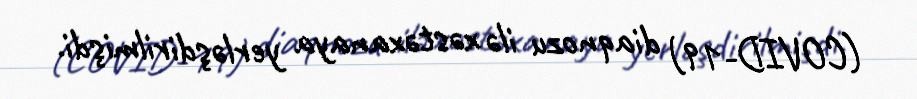
(COVID-19) diaqnozu ilə xəstəxanaya yerləşdirilmişdi.